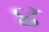
૪